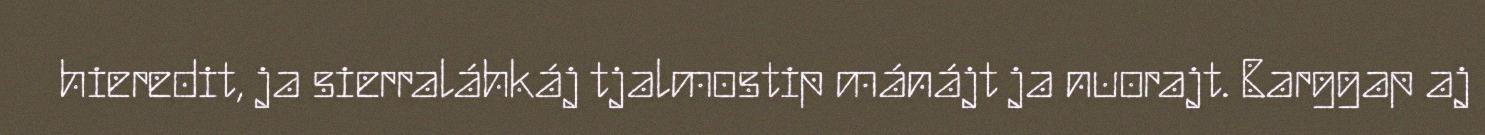
hieredit, ja sierraláhkáj tjalmostip mánájt ja nuorajt. Barggap aj